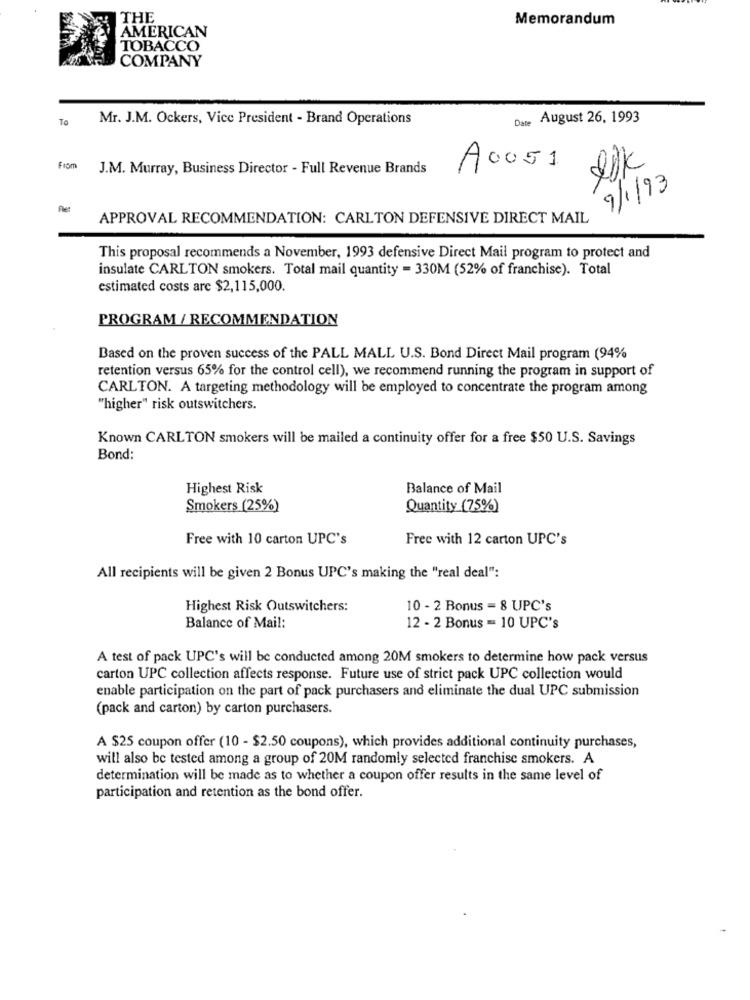
THE
Memorandum
AMERICAN
TOBACCO
COMPANY
To
Mr. J.M. Ockers, Vice President - Brand Operations
Date August 26, 1993
From
J.M. Murray, Business Director - Full Revenue Brands
A0051
9/1/93
fler
APPROVAL RECOMMENDATION: CARLTON DEFENSIVE DIRECT MAIL
This proposal recommends a November, 1993 defensive Direct Mail program to protect and
insulate CARLTON smokers. Total mail quantity = 330M (52% of franchise). Total
estimated costs are $2,115,000.
PROGRAM / RECOMMENDATION
Based on the proven success of the PALL MALL U.S. Bond Direct Mail program (94%
retention versus 65% for the control cell), we recommend running the program in support of
CARLTON. A targeting methodology will be employed to concentrate the program among
"higher" risk outswitchers.
Known CARLTON smokers will be mailed a continuity offer for a free $50 U.S. Savings
Bond:
Highest Risk
Balance of Mail
Smokers (25%)
Quantity (75%)
Free with 10 carton UPC's
Free with 12 carton UPC's
All recipients will be given 2 Bonus UPC's making the "real deal":
Highest Risk Outswitchers:
10 - 2 Bonus = 8 UPC's
Balance of Mail:
12 - 2 Bonus = 10 UPC's
A test of pack UPC's will be conducted among 20M smokers to determine how pack versus
carton UPC collection affects response. Future use of strict pack UPC collection would
enable participation on the part of pack purchasers and eliminate the dual UPC submission
(pack and carton) by carton purchasers.
A $25 coupon offer (10 - $2.50 coupons), which provides additional continuity purchases,
will also be tested among a group of 20M randomly selected franchise smokers. A
determination will be made as to whether a coupon offer results in the same level of
participation and retention as the bond offer.